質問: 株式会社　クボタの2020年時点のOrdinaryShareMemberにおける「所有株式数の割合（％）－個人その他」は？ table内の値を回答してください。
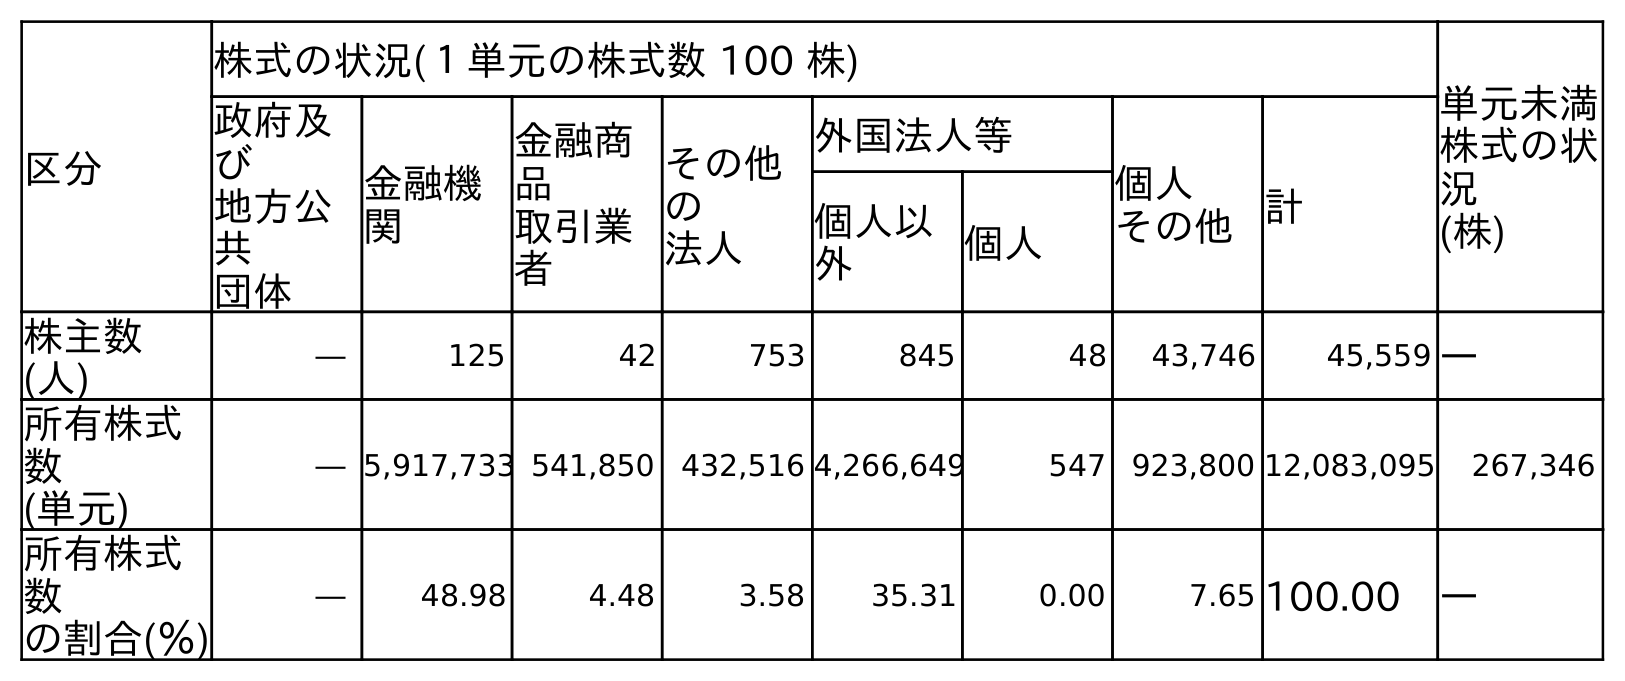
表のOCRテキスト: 区分 株式の状況(１単元の株式数 100 株) 単元未満 株式の状 況 (株) 政府及 び 地方公 共 団体 金融機 関 金融商 品 取引業 者 その他 の 法人 外国法人等 個人 その他計 個人以 外 個人 株主数 (人) ― 125 42 753 845 48 43,746 45,559 ― 所有株式 数 (単元) ― 5,917,733 541,850 432,516 4,266,649 547 923,800 12,083,095 267,346 所有株式 数 の割合(％) ― 48.98 4.48 3.58 35.31 0.00 7.65 100.00 ―
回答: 7.65